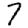
Digit: 7